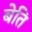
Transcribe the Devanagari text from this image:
बेति